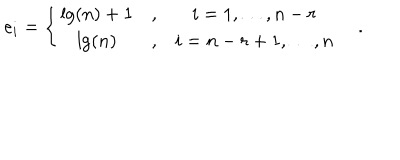
e _ { i } = \left\{ \begin{array} { c c c } { { \lg \left( n \right) + 1 } } & { { , } } & { { i = 1 , \ldots , n - r } } \\ { { \lg \left( n \right) } } & { { , } } & { { i = n - r + 1 , \ldots , n } } \\ \end{array} \right. \quad .